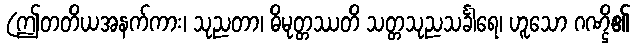
(ဤတတိယအနက်ကား၊ သုညတာ၊ ဓိမုတ္တဿတိ သတ္တသုညသင်္ခါရေ၊ ဟူသော ဂဏ္ဌိ၏